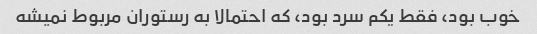
خوب بود، فقط یکم سرد بود، که احتمالا به رستوران مربوط نمیشه